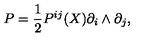
P = \frac { 1 } { 2 } P ^ { i j } ( X ) \partial _ { i } \wedge \partial _ { j } ,